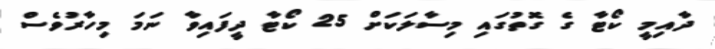
ދާއިމީ ކޯޓާ ގެ ގޮތުގައި މިސާލަކަށް 25 ކޯޓާ ދީފައިވާ ނަމަ މިހާރުވެސް